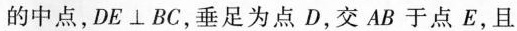
的中点，DE⊥BC，垂足为点D，交AB于点E，且